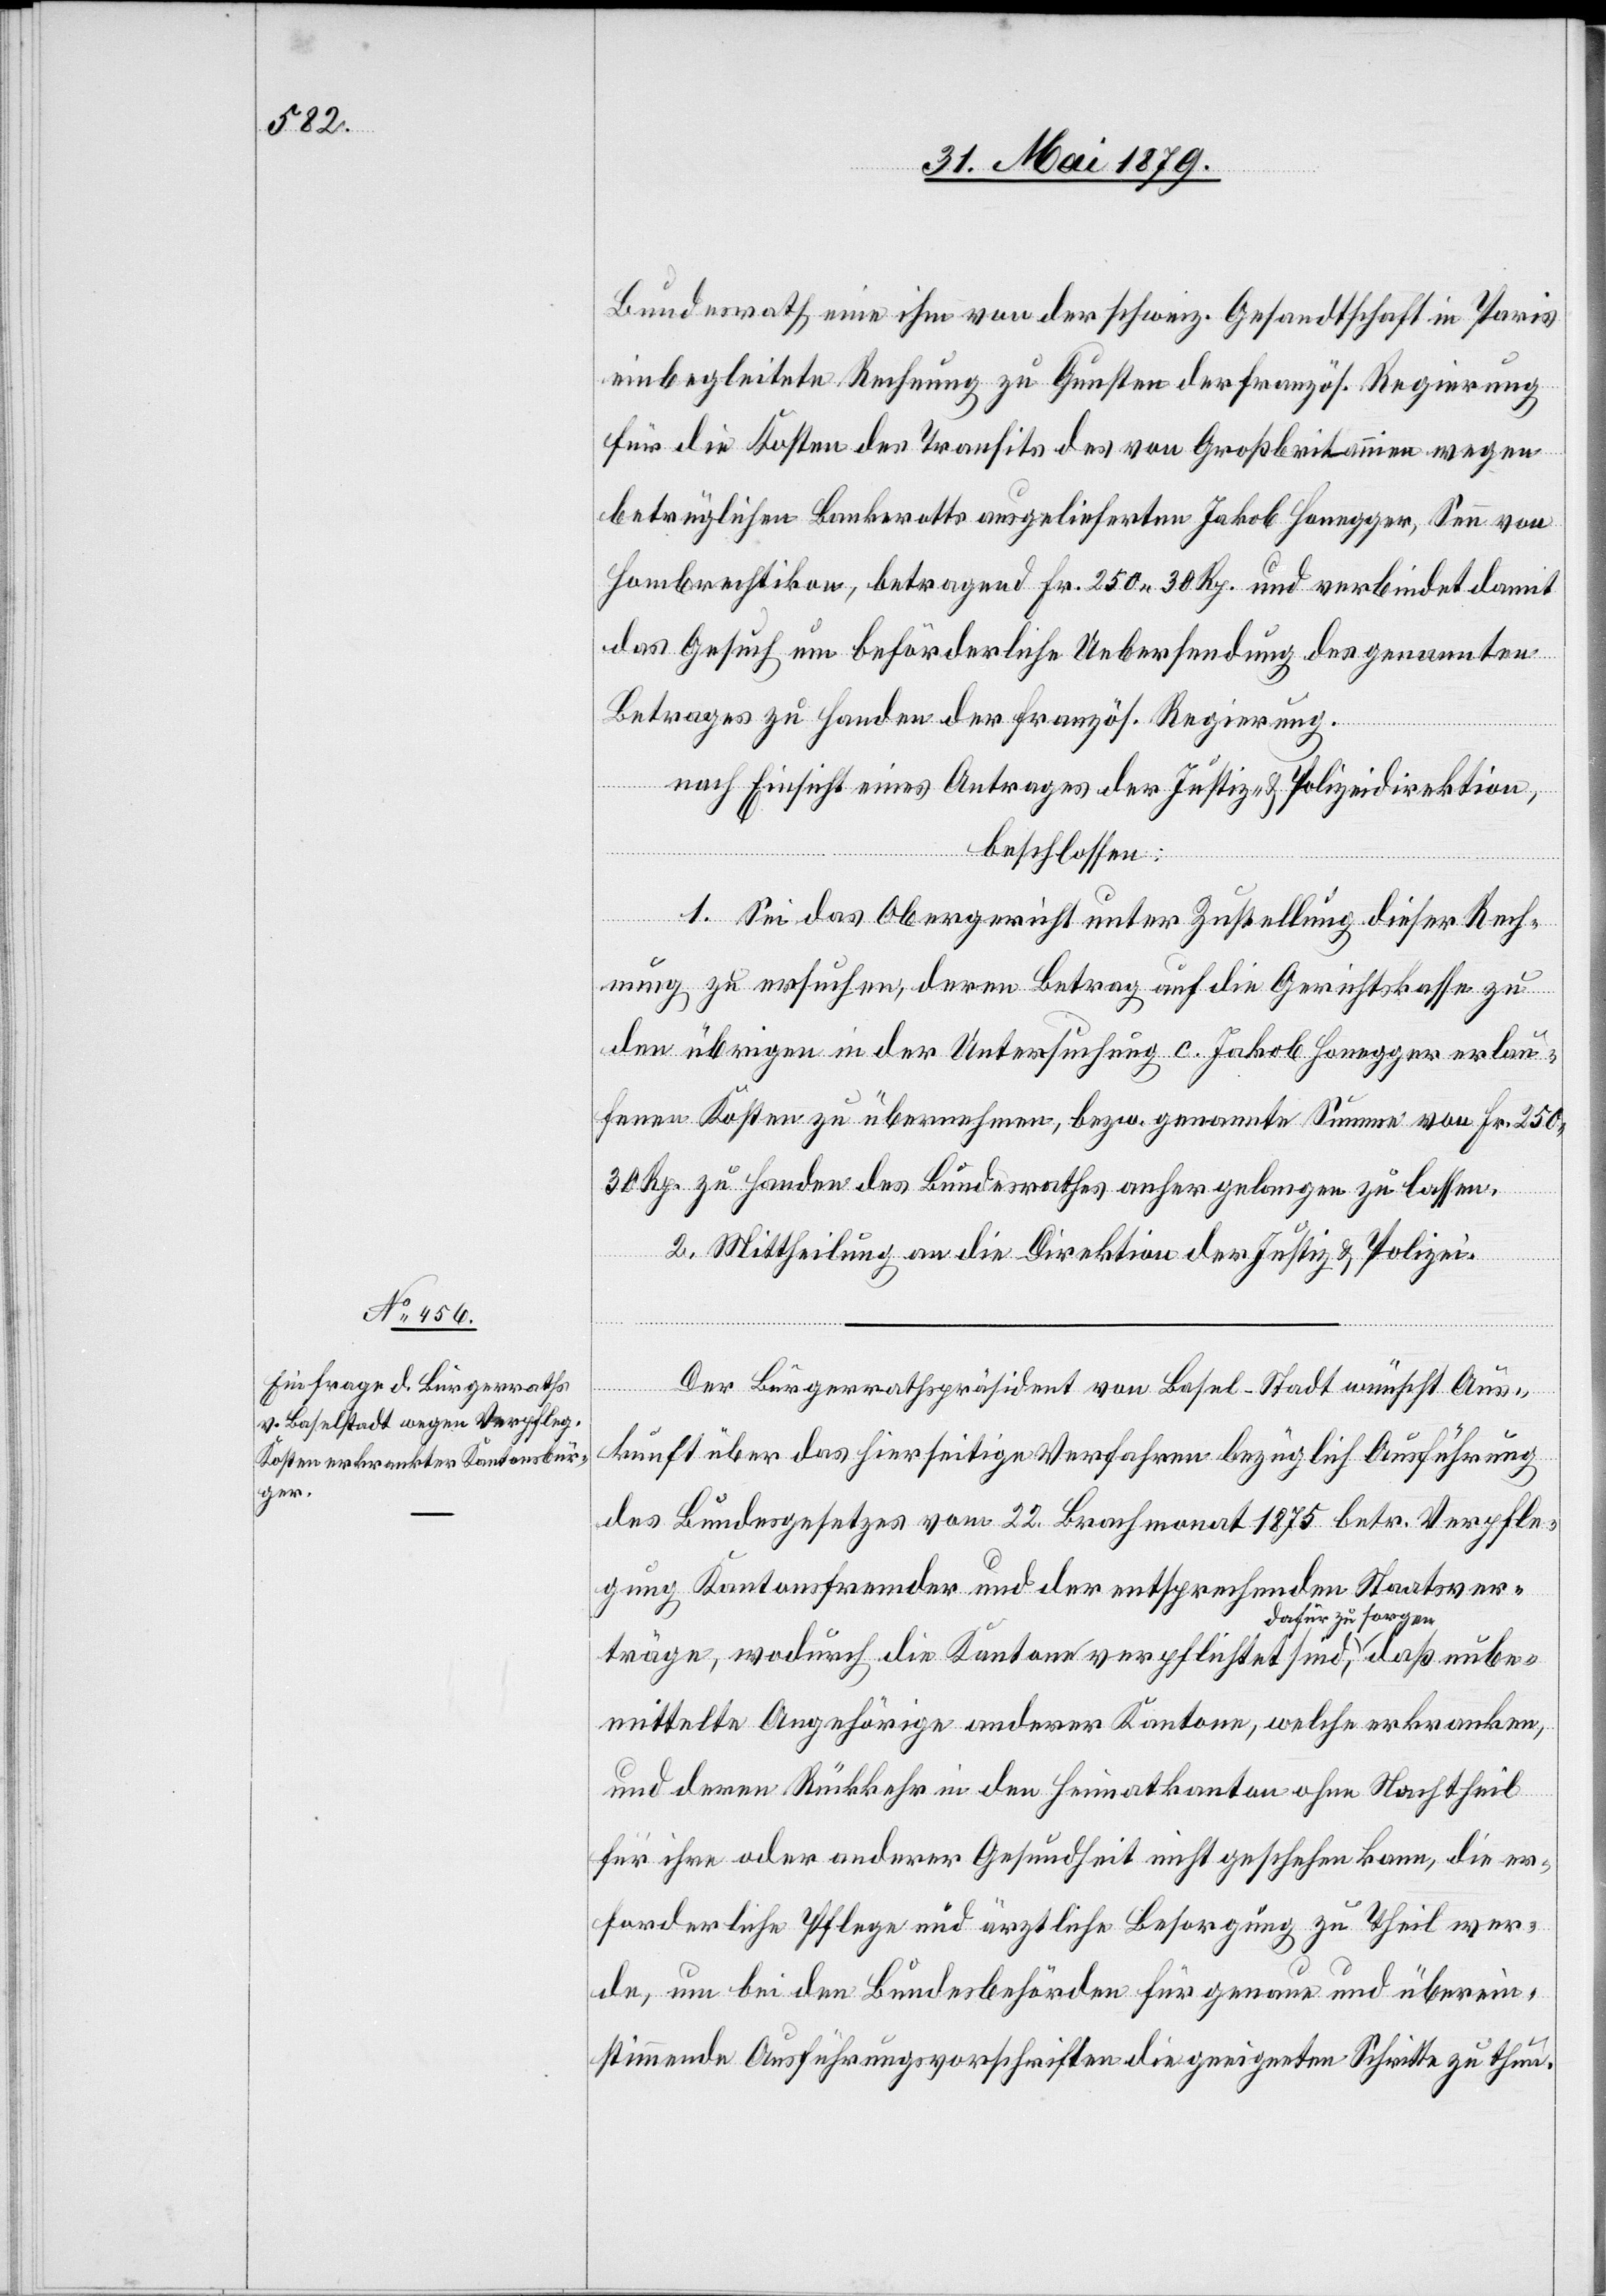
Bundesrath eine ihm von der schweiz. Gesandtschaft in Paris
einbegleitete Rechnung zu Gunsten der französ. Regierung
für die Kosten des Transits des von Großbritannien wegen
betrüglichen Bankerotts ausgelieferten Jakob Honegger, Senn von
Hombrechtikon, betragend Fr. 250 30 Rp. und verbindet damit
das Gesuch um beförderliche Uebersendung des genannten
Betrages zu Handen der französ. Regierung.
nach Einsicht eines Antrages der Justiz- & Polizeidirektion,
beschlossen:
1. Sei das Obergericht unter Zustellung dieser Rech¬
nung zu ersuchen, deren Betrag auf die Gerichtskasse zu
den übrigen in der Untersuchung c. Jakob Honegger erlau¬
fenen Kosten zu übernehmen, bezw. genannte Summe von Fr. 250
30 Rp. zu Handen des Bundesrathes anher gelangen zu lassen.
2. Mittheilung an die Direktion der Justiz & Polizei.
daß
unbem¬
Der Bürgerrathspräsident von Basel-Stadt wünscht Aus¬
kunft über das hierseitige Verfahren bezüglich Ausführung
des Bundesgesetzes vom 22. Brachmonat 1875 betr. Verpfle¬
gung Kantonsfremder und der entsprechenden Staatsver¬
träge, wodurch die Kantone verpflichtet sind, dafür
ittelte[n] Angehörige anderer Kantone, welche erkranken,
und deren Rückkehr in den Heimatkanton ohne Nachtheil
für ihre oder anderer Gesundheit nicht geschehen kann, die er¬
forderliche Pflege und ärztliche Besorgung zu Theil wer¬
de, um bei den Bundesbehörden für genaue und überein¬
stimmende Ausführungsvorschriften die geeigneten Schritte zu thun.